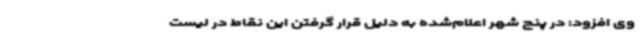
وی افزود: در پنج شهر اعلام‌شده به دلیل قرار گرفتن این نقاط در لیست